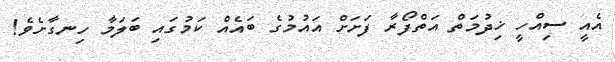
އެއީ ސިއްހީ ޚިދުމަތް އަތްފޯރާ ފަށަށް އައުމުގެ ބައެއް ކަމުގައި ބަލަމާ ހިނގާށެވެ!